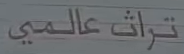
تراث_عالمي